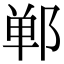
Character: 郸